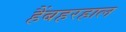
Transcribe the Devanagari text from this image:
हैंबहरहाल